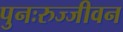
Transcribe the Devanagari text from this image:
पुनःरुज्जीवन